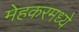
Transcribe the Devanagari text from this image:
मेहकरमध्ये